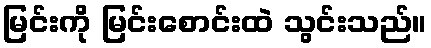
မြင်းကို မြင်းစောင်းထဲ သွင်းသည်။